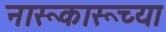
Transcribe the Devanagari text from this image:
नारूकारूच्या